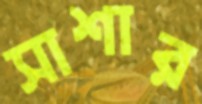
সাশার